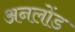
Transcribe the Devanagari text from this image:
अनलोंड